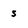
Character: s